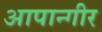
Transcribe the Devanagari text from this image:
आपान्गीर